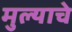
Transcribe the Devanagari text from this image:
मुल्याचे